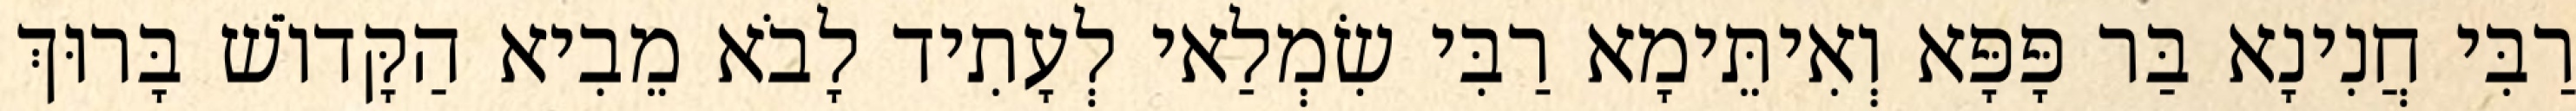
רַבִּי חֲנִינָא בַּר פָּפָּא וְאִיתֵּימָא רַבִּי שִׂמְלַאי לְעָתִיד לָבֹא מֵבִיא הַקָּדוֹשׁ בָּרוּךְ